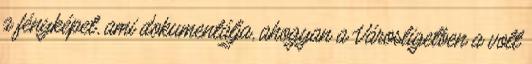
a fényképet, ami dokumentálja, ahogyan a Városligetben a volt